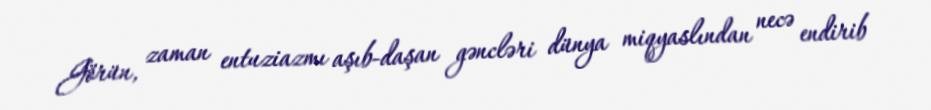
Görün, zaman entuziazmı aşıb-daşan gəncləri dünya miqyaslından necə endirib